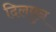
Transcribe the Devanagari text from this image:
दिलमुन